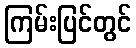
ကြမ်းပြင်တွင်